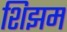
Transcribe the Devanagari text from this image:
शिझम